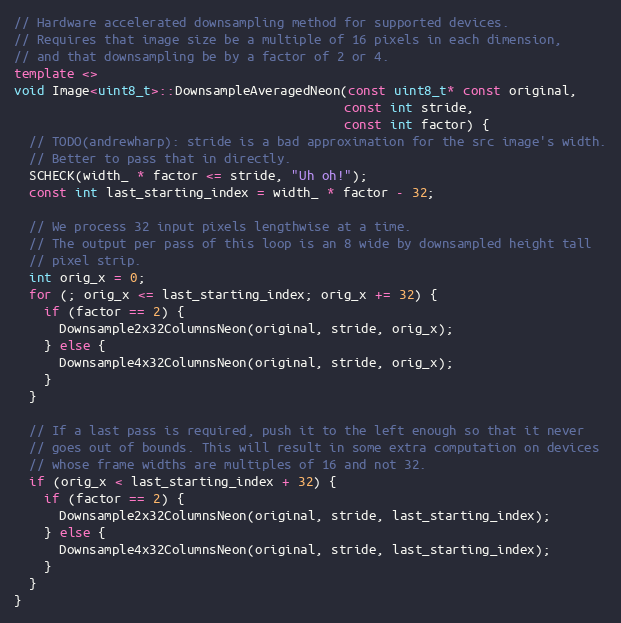
Language: C++
// Hardware accelerated downsampling method for supported devices.
// Requires that image size be a multiple of 16 pixels in each dimension,
// and that downsampling be by a factor of 2 or 4.
template <>
void Image<uint8_t>::DownsampleAveragedNeon(const uint8_t* const original,
                                            const int stride,
                                            const int factor) {
  // TODO(andrewharp): stride is a bad approximation for the src image's width.
  // Better to pass that in directly.
  SCHECK(width_ * factor <= stride, "Uh oh!");
  const int last_starting_index = width_ * factor - 32;

  // We process 32 input pixels lengthwise at a time.
  // The output per pass of this loop is an 8 wide by downsampled height tall
  // pixel strip.
  int orig_x = 0;
  for (; orig_x <= last_starting_index; orig_x += 32) {
    if (factor == 2) {
      Downsample2x32ColumnsNeon(original, stride, orig_x);
    } else {
      Downsample4x32ColumnsNeon(original, stride, orig_x);
    }
  }

  // If a last pass is required, push it to the left enough so that it never
  // goes out of bounds. This will result in some extra computation on devices
  // whose frame widths are multiples of 16 and not 32.
  if (orig_x < last_starting_index + 32) {
    if (factor == 2) {
      Downsample2x32ColumnsNeon(original, stride, last_starting_index);
    } else {
      Downsample4x32ColumnsNeon(original, stride, last_starting_index);
    }
  }
}